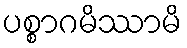
ပစ္စာဂမိဿာမိ